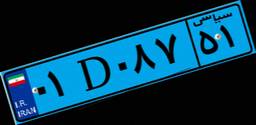
۵۴D۲۲۱۰۵